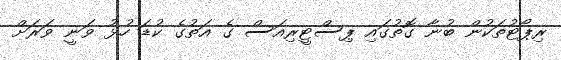
ރިޕޯޓުތަކުން ބުނާ ގޮތުގައި ޕިސްޓީރިއަސް ގެ އަތުގެ ކުޑަ ހުޅު ވަނީ ވަރަށް